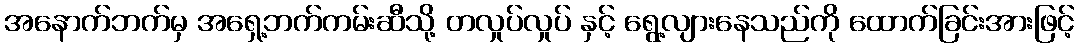
အနောက်ဘက်မှ အရှေ့ဘက်ကမ်းဆီသို့ တလှုပ်လှုပ် နှင့် ရွေ့လျားနေသည်ကို ထောက်ခြင်းအားဖြင့်